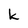
Character: k